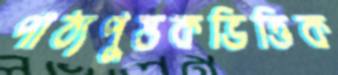
পাঠ্যপুস্তকভিত্তিক